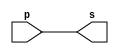
// ------------------------- 
// Exemplo0001 - buffer 
// Nome: Rafael Tadeu Campos de Medeiros 
// ------------------------- 
// ------------------------- 
// -- buffer 
// ------------------------- 
module buffer (output s, input p); 
assign s = p; // criar vinculo permanente 
// (dependencia) 
endmodule // buffer 
// ------------------------- 
// -- test buffer 
// ------------------------- 
module testbuffer; 
// ------------------------- dados locais 
reg a; // definir registrador 
// (variavel independente) 
wire s; // definir conexao (fio) 
// (variavel dependente ) 
// ------------------------- instancia 
buffer BF1 (s, a); 
// ------------------------- preparacao 
initial begin:start 
a=0; // valor inicial 
end 
// ------------------------- parte principal 
initial begin:main 
// execucao unitaria 
$display("Exemplo 0001 - Rafael Tadeu - 451609"); 
$display("Test buffer:"); 
$display("\t time\ta = s"); 
// execucao permanente 
$monitor("%d\t%b = %b", $time, a, s); 
// apos uma unidade de tempo 
// mudar valor do registrador para 0 
#1 a=1; 
// apos duas unidades de tempo 
// mudar valor do registrador para 1 
#2 a=0; 
end 
endmodule // testbuffer 

//Exemplo 0001 - Rafael Tadeu - 451609
    //Test buffer:
    //time	a = s
    //           0	0 = 0
    //           1	1 = 1
    //           3	0 = 0
//